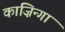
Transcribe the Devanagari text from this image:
काज़िन्गा